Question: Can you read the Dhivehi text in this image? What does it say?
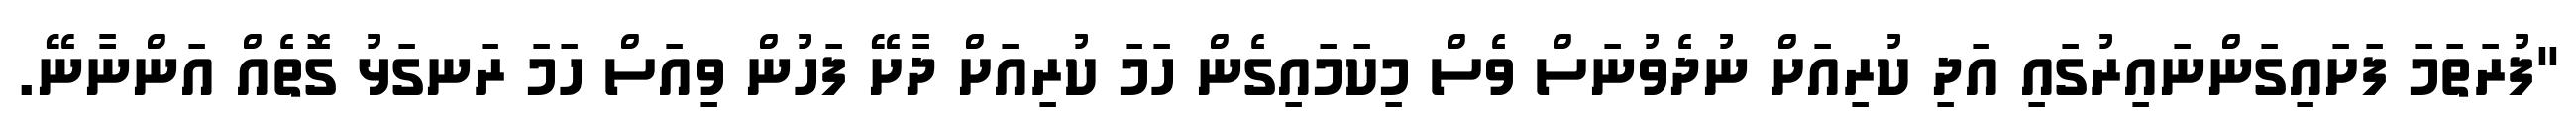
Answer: "ފުރަތަމަ ފަށައިގަންނައިރުގައި އަދި ކުރިއަށް ނުދެވުނަސް ވެސް މިކަމައިގެން ހަމަ ކުރިއަށް ދާށޭ ފަހުން ވިއަސް ހަމަ ރަނގަޅު ގޮތެއް އަންނާނޭ.